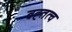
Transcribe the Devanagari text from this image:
ब्रह्तत्व